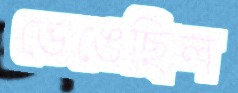
ভেঙেছিল